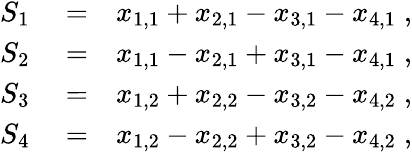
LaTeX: \begin{array}{rlr}{S_{1}}&{{}=}&{x_{1,1}+x_{2,1}-x_{3,1}-x_{4,1}\; ,}\\ {S_{2}}&{{}=}&{x_{1,1}-x_{2,1}+x_{3,1}-x_{4,1}\; ,}\\ {S_{3}}&{{}=}&{x_{1,2}+x_{2,2}-x_{3,2}-x_{4,2}\; ,}\\ {S_{4}}&{{}=}&{x_{1,2}-x_{2,2}+x_{3,2}-x_{4,2}\; ,}\end{array}